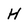
Character: H